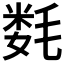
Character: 𰚦